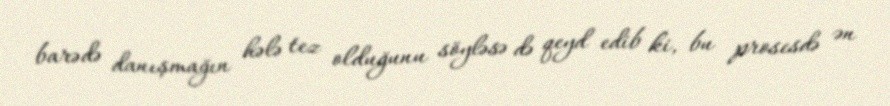
barədə danışmağın hələ tez olduğunu söyləsə də qeyd edib ki, bu prosesdə ən